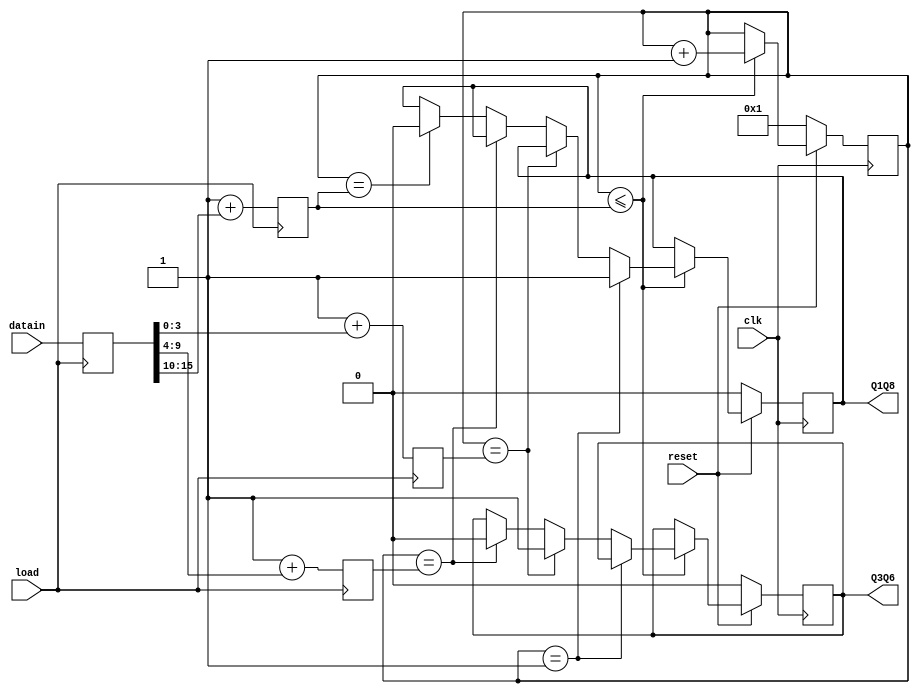
// Q18_Q36.v

module Q18_Q36(
               reset,
               datain,
               load,
               clk,
               Q1Q8,
               Q3Q6
               );
input clk;
input reset;
input [15:0] datain;
input load;

output Q1Q8;
output Q3Q6;

reg Q1Q8;
reg Q3Q6;
reg [4:0] count;  
reg [15:0] widthdata;
reg [3:0] data1;
reg [5:0] data2;
reg [5:0] data3;

always @ (posedge load)
    begin
          widthdata <= datain;
          data1 <= 1+ widthdata[3:0];
          data2 <= 1+ widthdata[9:4];
          data3 <= 1+ widthdata[15:10];
    end


always @ (posedge clk)
    begin
         if(!reset)
             begin
                   count <= 1;
                   Q1Q8 <= 0;
                   Q3Q6 <= 0;
             end
         else 
             begin                   
                   if(count<=data3)
                     begin
                           case(count)
                                    1:
                                      begin
                                           Q1Q8 <= 1;
                                           count<= count+1;
                                      end
                                    data1:
                                      begin
                                           Q3Q6 <= 1;
                                           count<= count+1;
                                      end
                                    data2:
                                      begin
                                           Q3Q6 <= 0;
                                           count<= count+1;
                                      end
                                    data3:
                                      begin
                                           Q1Q8 <= 0;
                                           count<= count+1;
                                      end
                                    default:
                                      begin
                                           count<= count+1;
                                      end
                           endcase
                     end
                   
             end
    end

endmodule